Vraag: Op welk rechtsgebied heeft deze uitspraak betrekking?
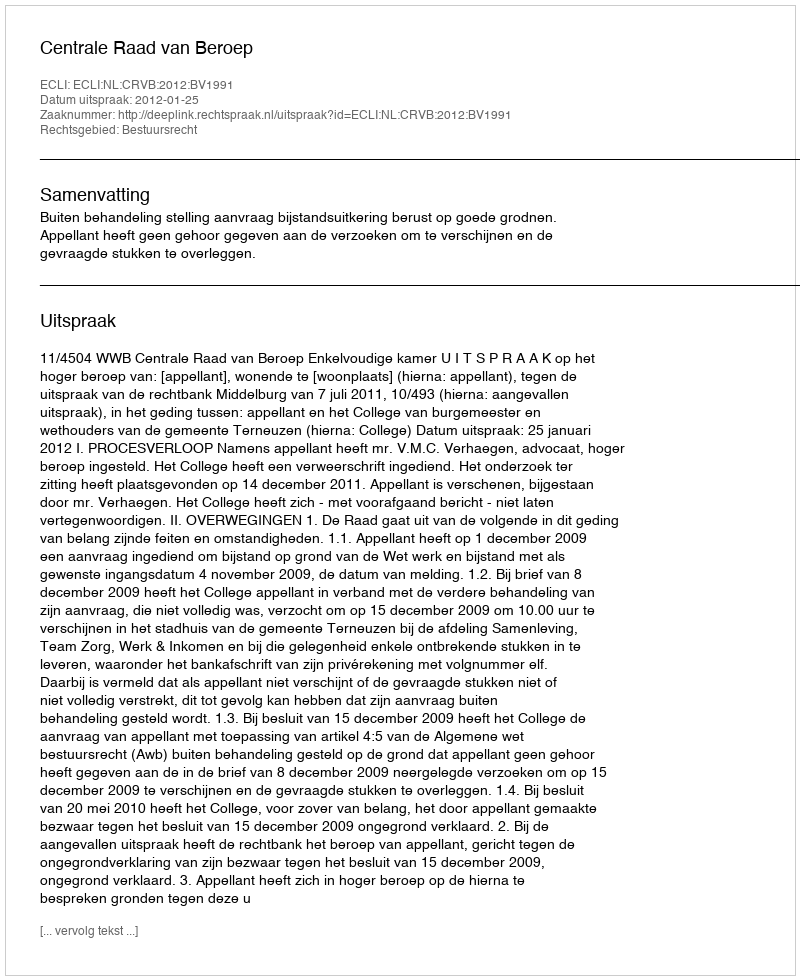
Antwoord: Bestuursrecht